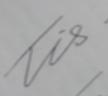
Signature authenticity: genuine